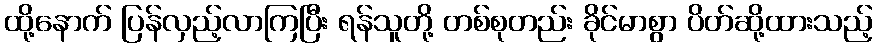
ထို့နောက် ပြန်လှည့်လာကြပြီး ရန်သူတို့ တစ်စုတည်း ခိုင်မာစွာ ပိတ်ဆို့ထားသည့်